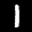
Label: 1